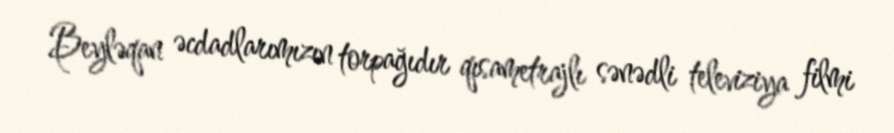
Beyləqan əcdadlarımızın torpağıdır qısametrajlı sənədli televiziya filmi